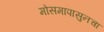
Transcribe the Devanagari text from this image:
मोसमापासुनचा